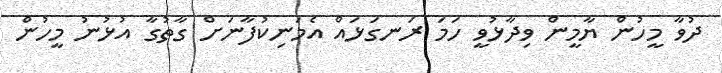
ދުވާ މީހުން ޔާމީން ވިދާޅުވީ ހަމަ ރަނގަޅައް އެމަނިކުފާނަށް ގާތުގާ އުޅުނު މީހުން